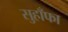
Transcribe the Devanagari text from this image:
सुहाँफा